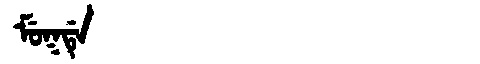
Manchu: ᠮᡠᡴᡩᡝ
Romanization: MUKDE